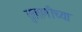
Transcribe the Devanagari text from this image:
तुलागीच्या